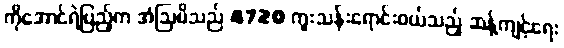
ကိုအောင်ရဲပြည့်က အံဩမိသည် 4720 ကူးသန်းရောင်းဝယ်သည့် ဆန့်ကျင့်ရေး